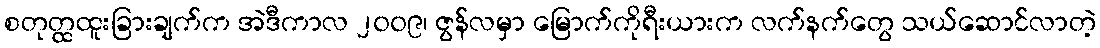
စတုတ္ထထူးခြားချက်က အဲဒီကာလ ၂၀၀၉၊ ဇွန်လမှာ မြောက်ကိုရီးယားက လက်နက်တွေ သယ်ဆောင်လာတဲ့